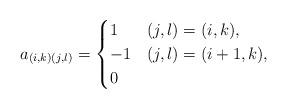
LaTeX: \begin{align*}a_{(i,k)(j,l)} = \begin{cases} 1 & (j,l) = (i,k), \\-1 & (j,l) = (i+1,k),\\0 & \end{cases}\end{align*}